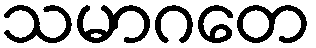
သမာဂတေ